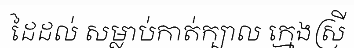
ដៃដល់ សម្លាប់កាត់ក្បាល ក្មេងស្រី